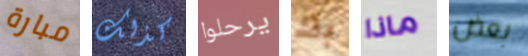
مبارة كذلك يرحلوا بك ماذا بعض